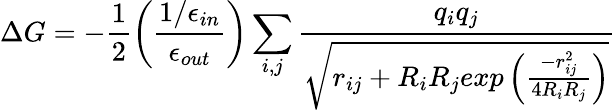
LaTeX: \Delta G=-\frac{1}{2}\left(\frac{1/\epsilon_{in}}{\epsilon_{out}}\right)\sum_{i,j}\frac{q_{i}q_{j}}{\sqrt{r_{ij}+R_{i}R_{j}exp\left(\frac{-r_{ij}^{2}}{4R_{i}R_{j}}\right)}}